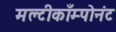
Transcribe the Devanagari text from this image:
मल्टीकाँम्पोनंट